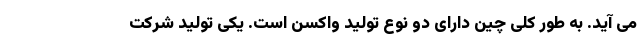
می آید. به طور کلی چین دارای دو نوع تولید واکسن است. یکی تولید شرکت